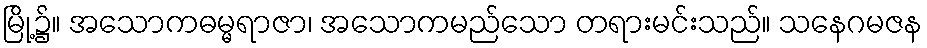
မြို့၌။ အသောကဓမ္မရာဇာ၊ အသောကမည်သော တရားမင်းသည်။ သနေဂမဇန